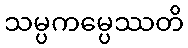
သမ္ပကမ္ပေဿတိ